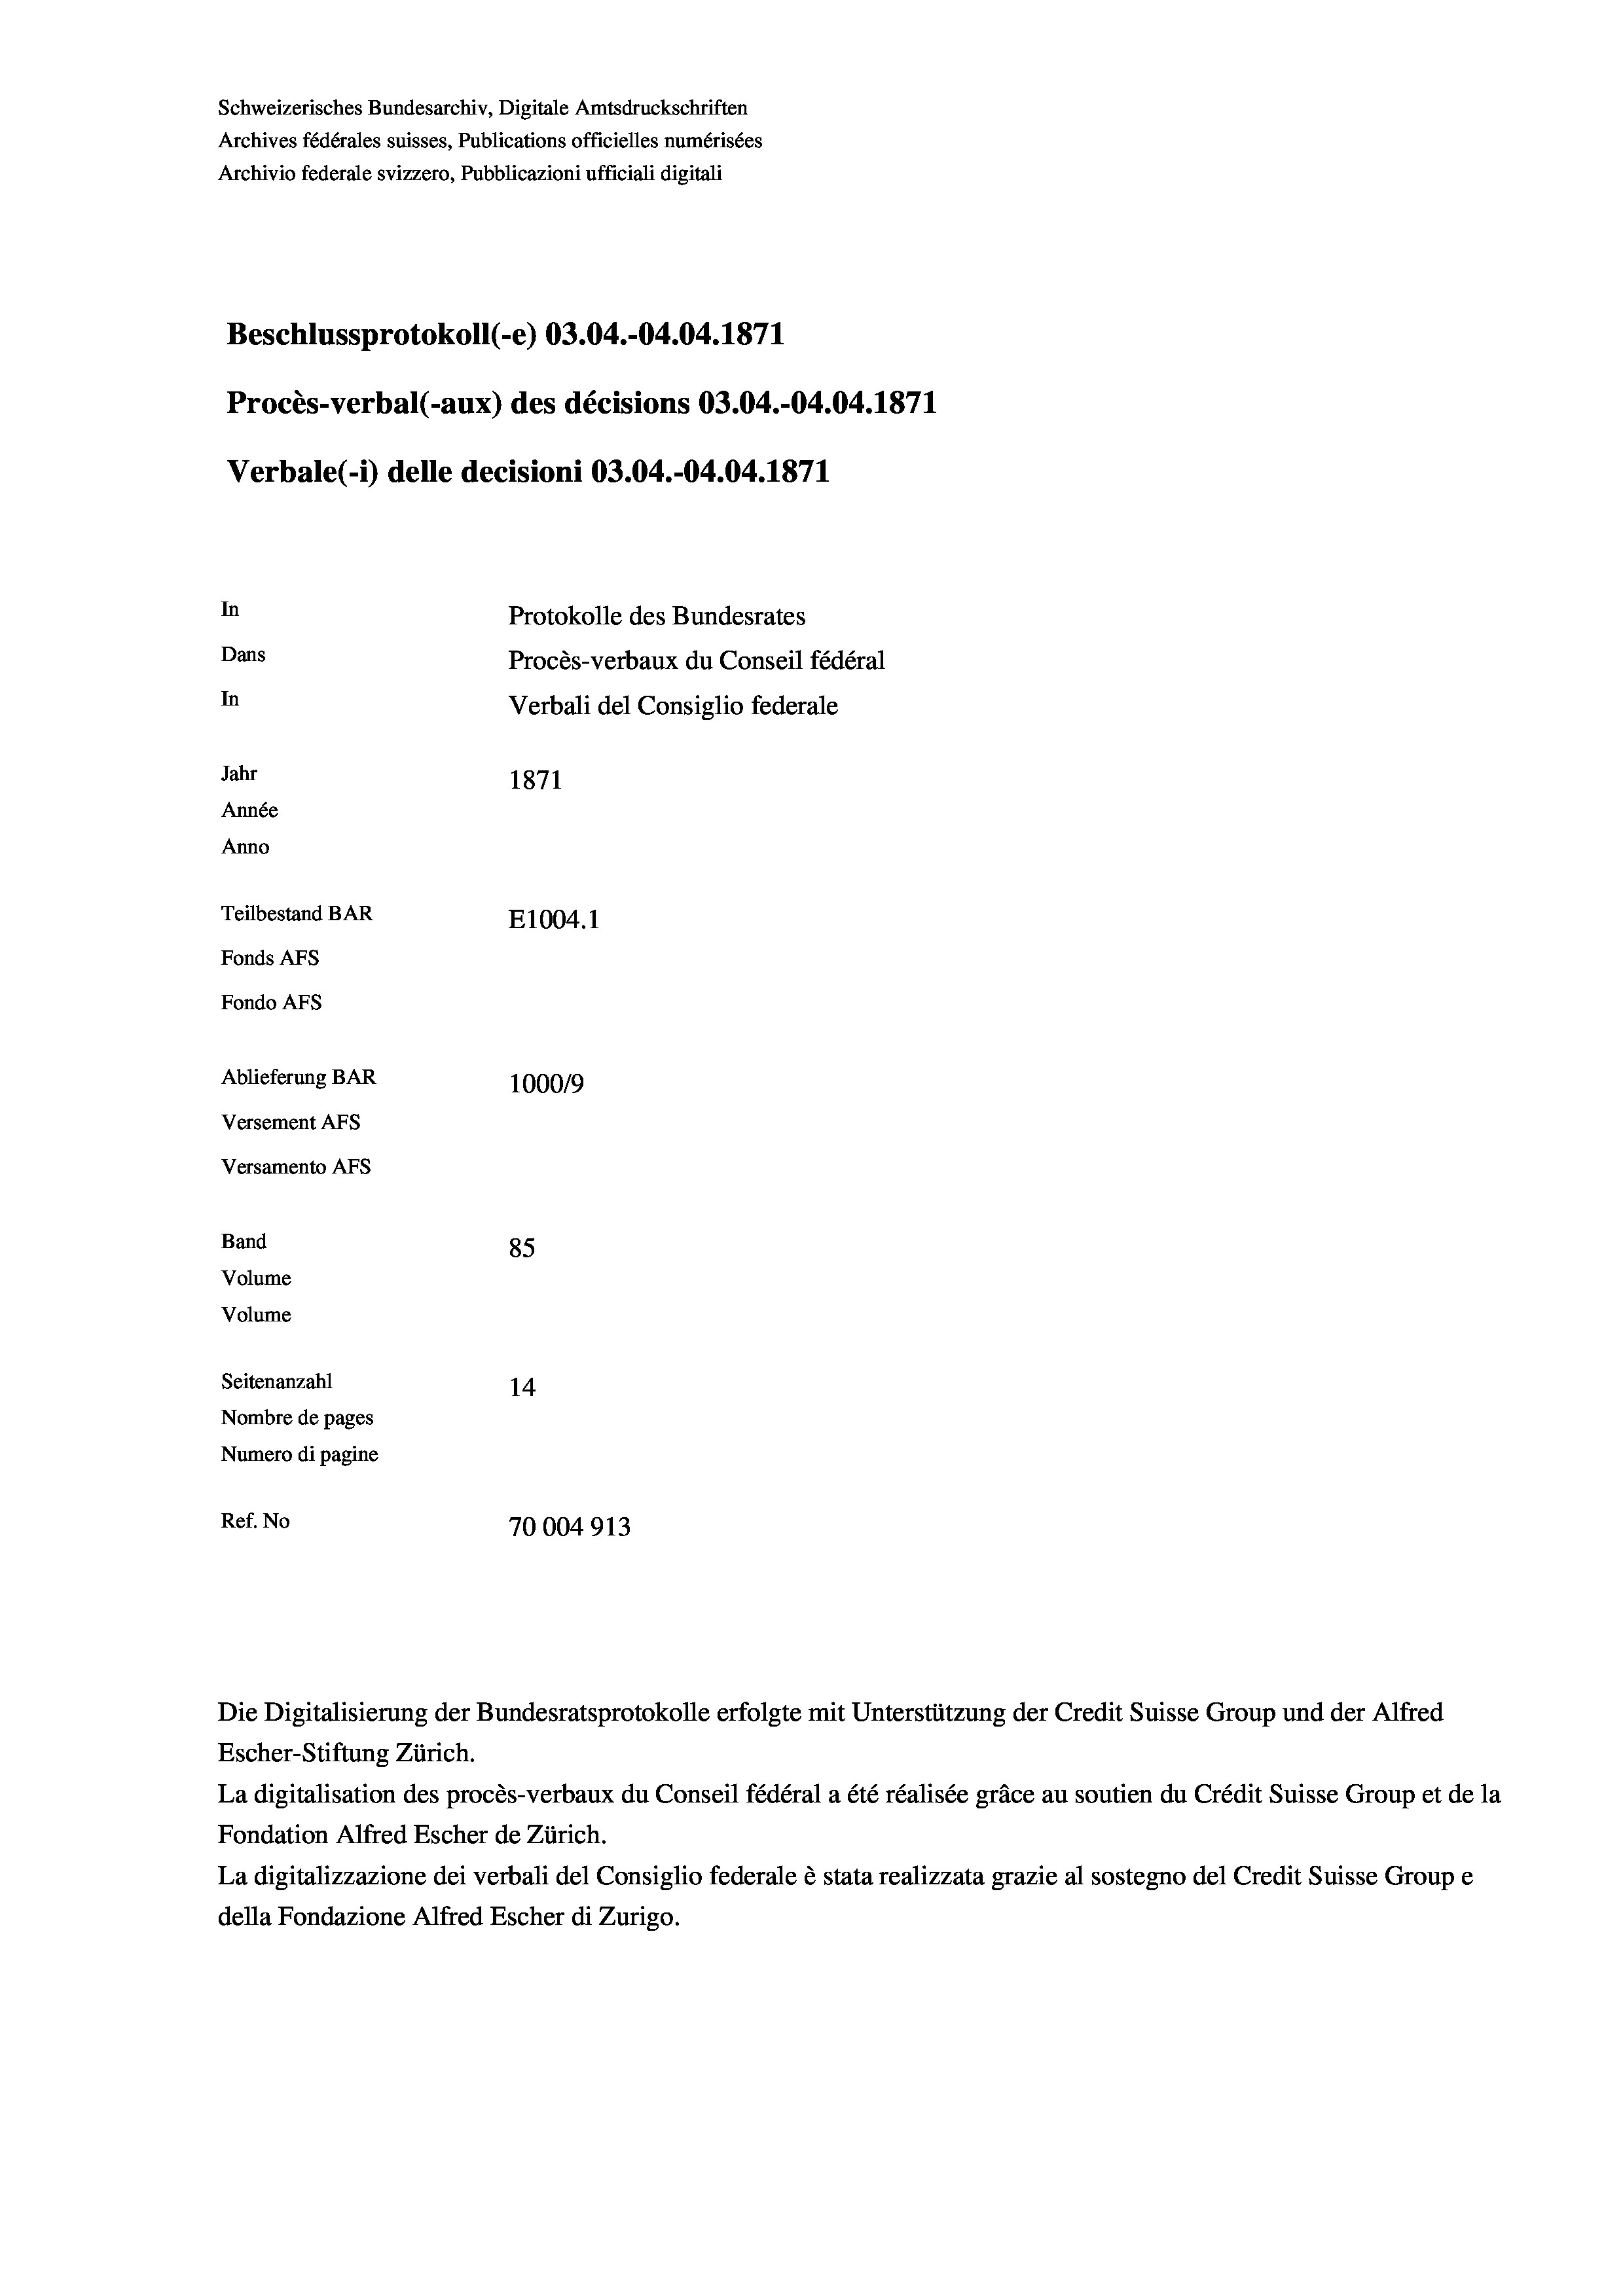
Schweizerisches Bundesarchiv, Digitale Amtsdruckschriften
Archives fédérales suisses, Publications officielles numérisées
Archivio federale svizzero, Pubblicazioni ufficiali digitali
Beschlussprotokoll (-e) 03.04.-04.04. 1871
Procès-verbal (-aux) des décisions 03.04.-04.04. 1871
Verbale (- 1) delle decisioni 03.04.-04.04. 1871
In
Protokolle des Bundesrates
Dans
Procès-verbaux du Conseil fédéral
In
Verbali del Consiglio federale
Jahr
1871
Année
Anno
Teilbestand BAR
E1004. 1
Fonds AFs
Fondo AFS
Ablieferung BAR
100019
Versement AFs
Versamento AFs
Band
85
Volume
Volume
Seitenanzahl
14
Nombre de pages
Numero di pagine
Ref. No
70004913

La digitalisation des procès-verbaux du Conseil fédéral a été réalisée gräce au soutien du Crédit Suisse Group et de la
Fondation Alfred Escher de Zürich.
La digitalizzazione dei verbali del Consiglio federale è stata realizzata grazie al sostegno del Credit Suisse Groupe
della Fondazione Alfred Escher di Zurigo.

Escher-Stiftung Zürich.

Die Digitalisierung der Bundesratsprotokolle erfolgte mit Unterstützung der Credit Suisse Group und der Alfred